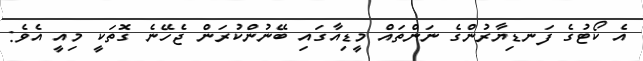
އެ ކޯޓުގެ ފަނޑިޔާރުންގެ ނަންތައް މީޑިއާގައި ބޭނުންކުރަން ޖެހޭނެ ގޮތަކީ މިއީ އެވެ: